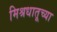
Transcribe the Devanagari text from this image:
मिश्रधातूच्या